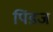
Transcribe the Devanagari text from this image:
पिंडज